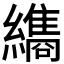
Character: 𮉖